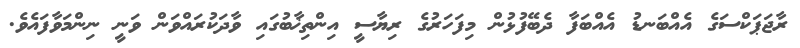
ރާޖަޕަކްސަގެ އެއްބަނޑު އެއްބަފާ ދެބޭފުޅުން މިފަހަރުގެ ރިޔާސީ އިންތިޚާބުގައި ވާދަކުރައްވަން ވަނީ ނިންމަވާފައެވެ.